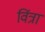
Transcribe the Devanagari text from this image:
विंत्रा